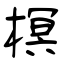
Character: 榠